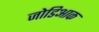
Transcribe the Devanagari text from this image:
जोडिआक